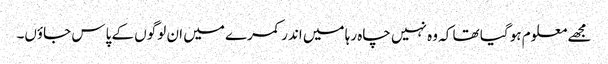
مجھے معلوم ہو گیا تھا کہ وہ نہیں چاہ رہا میں اندر کمرے میں ان لوگوں کے پاس جاؤں۔